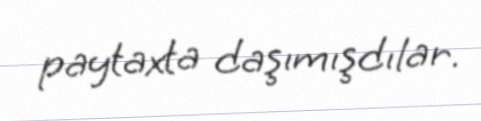
paytaxta daşımışdılar.